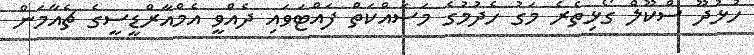
ހުޅުދޫ ސްކޫލް ގޯޅިތެރެ މަގު ހެދުމުގެ މަސައްކަތް ފައްޓަވައި ދެއްވީ އެމްއާރްޑީސީގެ ޗެއާމަން